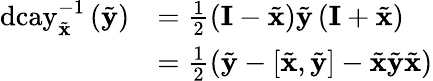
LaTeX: \begin{array}{rl}{\mathrm{dcay}_{\tilde{\mathbf{x}}}^{-1}\left(\tilde{\mathbf{y}}\right)}&{=\frac{1}{2}\left(\mathbf{I}-\tilde{\mathbf{x}}\right)\tilde{\mathbf{y}}\left(\mathbf{I}+\tilde{\mathbf{x}}\right)}\\ &{=\frac{1}{2}\left(\tilde{\mathbf{y}}-\left[\tilde{\mathbf{x}},\tilde{\mathbf{y}}\right]-\tilde{\mathbf{x}}\tilde{\mathbf{y}}\tilde{\mathbf{x}}\right)}\end{array}